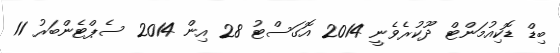
ބިޑް ޑޮކިއުމަންޓް ދޫކުރެވެނީ 2014 އޮގަސްޓު 28 އިން 2014 ސެޕްޓެންބަރު 11